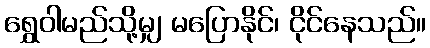
ရွှေဝါမည်သို့မျှ မပြောနိုင်၊ ငိုင်နေသည်။